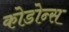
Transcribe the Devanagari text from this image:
कोडोन्स